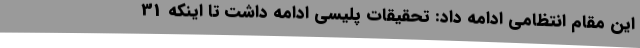
این مقام انتظامی ادامه داد: تحقیقات پلیسی ادامه داشت تا اینکه 31